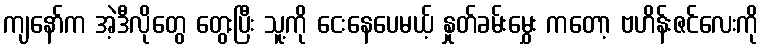
ကျနော်က အဲ့ဒီလိုတွေ တွေးပြီး သူ့ကို ငေးနေပေမယ့် နှုတ်ခမ်းမွှေး ကတော့ ဗဟိန်းဇင်လေးကို